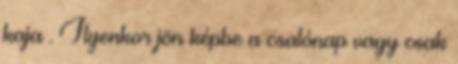
kaja . Ilyenkor jön képbe a csalónap vagy csak